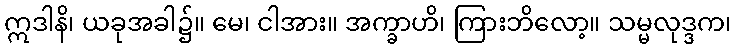
ဣဒါနိ၊ ယခုအခါ၌။ မေ၊ ငါအား။ အက္ခာဟိ၊ ကြားဘိလော့။ သမ္မလုဒ္ဒက၊